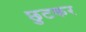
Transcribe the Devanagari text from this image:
छुटकर